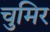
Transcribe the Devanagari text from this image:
चुमिर